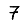
Digit: 7